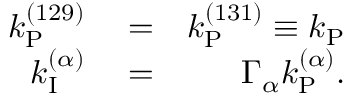
\begin{array} { r l r } { k _ { \mathrm { P } } ^ { ( 1 2 9 ) } } & { { } = } & { k _ { \mathrm { P } } ^ { ( 1 3 1 ) } \equiv k _ { \mathrm { P } } } \\ { k _ { \mathrm { I } } ^ { ( \alpha ) } } & { { } = } & { \Gamma _ { \alpha } k _ { \mathrm { P } } ^ { ( \alpha ) } . } \end{array}